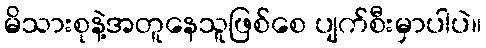
မိသားစုနဲ့အတူနေသူဖြစ်စေ ပျက်စီးမှာပါပဲ။